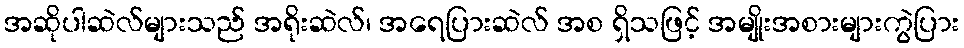
အဆိုပါဆဲလ်များသည် အရိုးဆဲလ်၊ အရေပြားဆဲလ် အစ ရှိသဖြင့် အမျိုးအစားများကွဲပြား